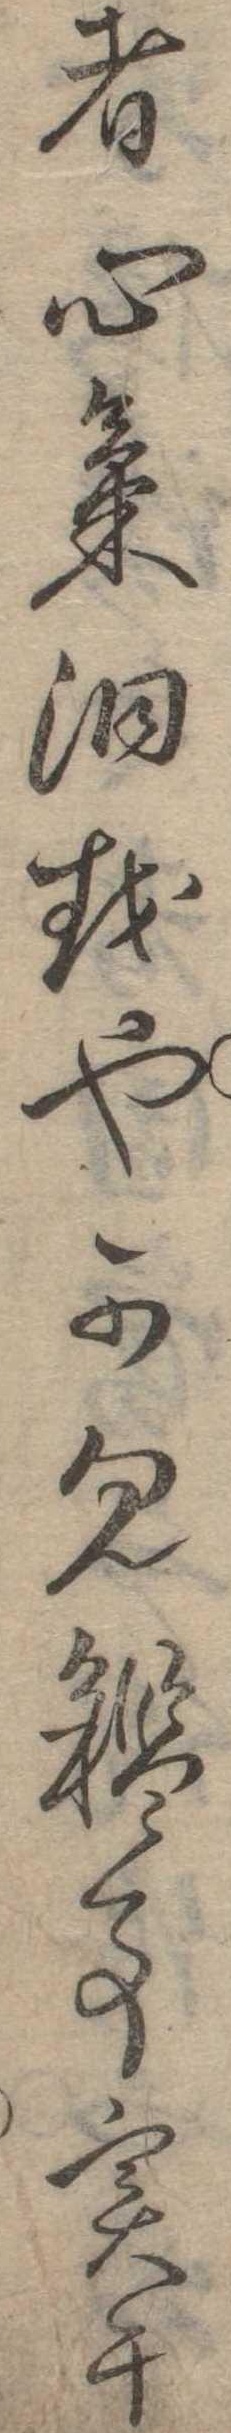
者心気洞越也可見鑑事実于